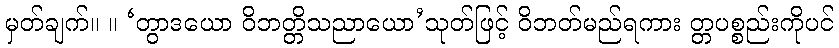
မှတ်ချက်။ ။ ‘တွာဒယော ဝိဘတ္တိသညာယော’သုတ်ဖြင့် ဝိဘတ်မည်ရကား တ္တပစ္စည်းကိုပင်